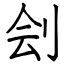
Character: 刽